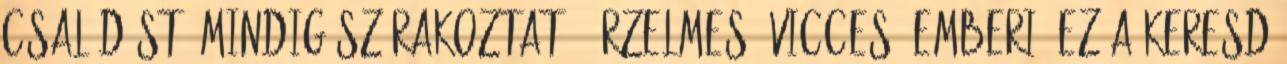
csalódást. Mindig szórakoztató, érzelmes, vicces, emberi. Ez a Keresd